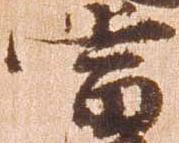
当